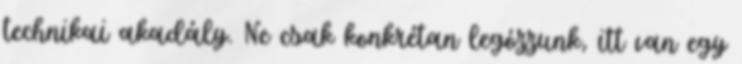
technikai akadály. Ne csak konkrétan legózzunk, itt van egy